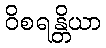
ဝိစရန္တိယာ